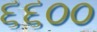
૬૬૦૦